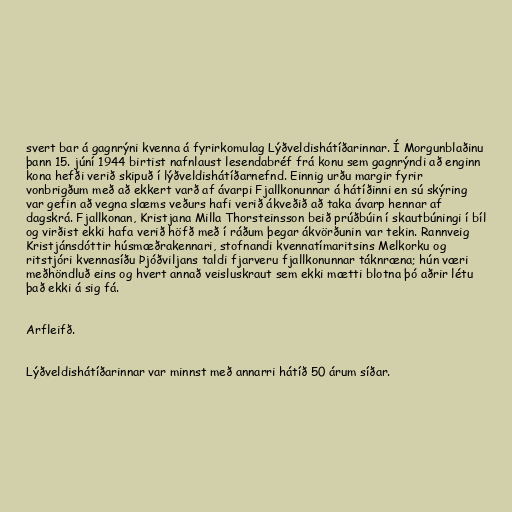
svert bar á gagnrýni kvenna á fyrirkomulag Lýðveldishátíðarinnar. Í Morgunblaðinu
þann 15. júní 1944 birtist nafnlaust lesendabréf frá konu sem gagnrýndi að enginn
kona hefði verið skipuð í lýðveldishátíðarnefnd. Einnig urðu margir fyrir
vonbrigðum með að ekkert varð af ávarpi Fjallkonunnar á hátíðinni en sú skýring
var gefin að vegna slæms veðurs hafi verið ákveðið að taka ávarp hennar af
dagskrá. Fjallkonan, Kristjana Milla Thorsteinsson beið prúðbúin í skautbúningi í bíl
og virðist ekki hafa verið höfð með í ráðum þegar ákvörðunin var tekin. Rannveig
Kristjánsdóttir húsmæðrakennari, stofnandi kvennatímaritsins Melkorku og
ritstjóri kvennasíðu Þjóðviljans taldi fjarveru fjallkonunnar táknræna; hún væri
meðhöndluð eins og hvert annað veisluskraut sem ekki mætti blotna þó aðrir létu
það ekki á sig fá.

Arfleifð.

Lýðveldishátíðarinnar var minnst með annarri hátíð 50 árum síðar.